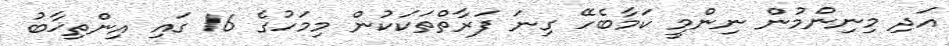
އަދި މިނިންމުން ނިންމީ ކަމާބެހޭ ގިނަ ފަރާތްތަކަކުން މިމަހުގެ 16 ގައި އިންތިޚާބު